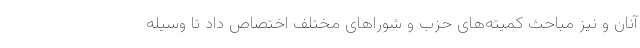
آنان و نیز مباحث کمیته‌های حزب و شوراهای مختلف اختصاص داد تا وسیله